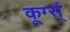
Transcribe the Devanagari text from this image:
कूर्ग्स्